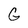
Character: G